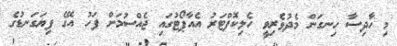
މި ހާދިސާ ހިނގަން މެދުވެރިވީ ހެލިކޮޕްޓަރު އެއާޕޯޓުގައި ޖެއްސުމަށް ފަހު އޭގެ ފިޔަގަނޑުގެ